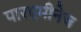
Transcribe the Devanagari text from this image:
पारएमीनेज